Annual statistical returns and brief notes on vaccination in Bengal - 1909-1929
Year: 1909
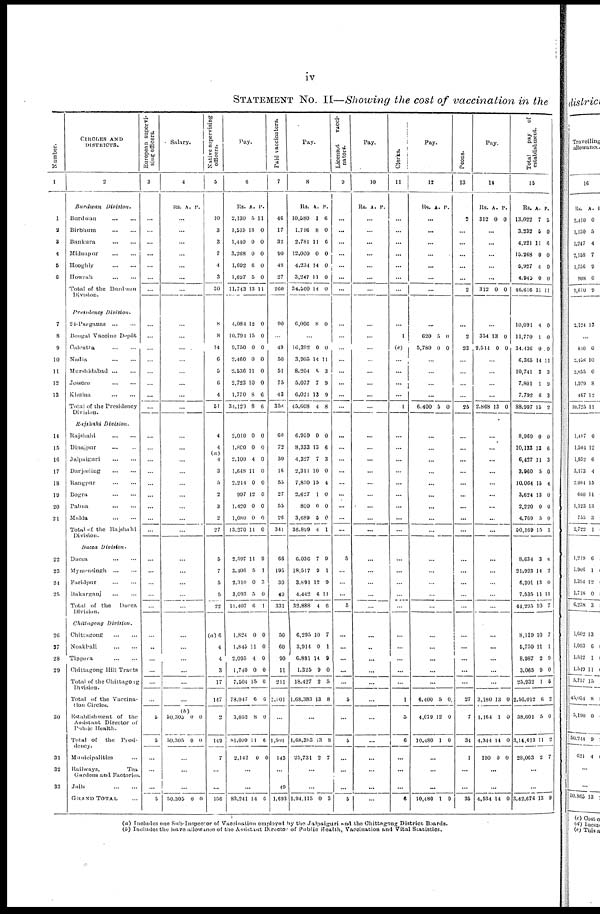
iv
STATEMENT No. II—Showing the cost of vaccination in the
Number.
1
1
2
3
4
5
6
7
8
9
10
11
12
13
14
15
16
17
18
10
20
21
22
23
24
25
20
27
28
20
30
31
32
33
CIRCLES AND
DISTRICTS.
2
Burdwan
Division.
Burdwan
...
...
Birbhum
...
...
Bankura
...
...
Midnapur
...
...
Hooghly
...
...
Howrah
...
...
Total of the Burdwan
Presidency
Division.
24-Pargnnas
...
...
Bengal Vaccine Depôt
Calcutta
...
...
Nadia
...
...
Murshidabad
...
...
Jessore
...
...
Khulna
...
...
Total of the Presidency
Division.
Rajshahi
Division.
Rajshahi
...
...
Dinajpur ... ...
Jalpaiguri
...
...
Darjeeling
...
...
Rangpur ... ...
Bogra
...
...
Pabna
...
...
Malda
...
...
Total of the Rajshahi
Division.
Dacca Division.
Dacca
...
...
Mymensingh
...
...
Faridpur
...
...
Bakarganj
...
...
Total of the Dacca
Division
Chittagong
Division.
Chittagong
...
...
Noakhali
...
...
Tippera
...
...
Chittagong Hill Tracts
Total of the Chittagong
Division.
Total of the Vaccina-
tion Circles
Establishment of the
Assistant Director of
Public Health.
Total of the Presi-
dency.
Municipalities ...
Railways,
Tea
Gardens and Factories.
Jails
...
...
GRAND TOTAL ...
European supervi-
sing officers.
3
...
...
...
...
...
...
...
...
...
...
...
...
...
...
...
...
...
...
...
...
...
...
...
...
...
...
...
...
...
...
...
...
...
...
...
5
6
...
...
...
5
Salary.
4
Rs. A. P.
...
...
...
...
...
...
...
...
...
...
...
...
...
...
...
...
...
...
...
...
...
...
...
...
...
...
...
...
...
...
...
...
...
...
...
(b)
50,305
50,305
0
0
0
0
...
...
...
50,305 0 0
Native supervising
officers.
5
10
3
3
7
4
3
30
8
8
14
0
5
6
4
51
4
4
4
3
5
2
3
2
27
5
7
5
5
22
(a)6
4
4
3
17
147
2
149
7
...
...
156
Pay.
6
Rs.
2,130
1,515
1,440
3,268
1,692
1,697
11,743
A.
5
13
0
0
6
5
13
P.
11
0
0
0
0
0
11
4,084
10,794
9,750
2,460
2,536
2,723
1,770
34,120
12
15
0
0
11
10
8
8
0
0
0
0
0
0
6
6
2,010
1,800
2,100
1,648
2,214
997
1,420
1,080
13,270
0
0
4
11
0
12
0
0
11
0
0
0
0
0
0
0
0
0
2,597
3,406
2,310
3,093
11,407
11
5
0
5
6
9
1
3
0
1
1,824
1,845
2,095
1,740
7,504
78,047
3,052
81,009
2,142
0
11
4
0
15
6
8
11
0
0
0
0
0
0
6
0
6
0
...
...
83,241 14 6
Paid vaccinators.
7
46
17
32
90
48
27
260
90
...
49
50
51
75
43
358
60
72
30
16
55
27
55
26
341
66
195
30
40
331
50
60
90
11
211
1,501
...
1,501
143
...
49
1,693
Pay.
8
Rs.
10,580
1,716
2,781
12,000
4,234
3,247
34,560
A.
1
8
11
0
14
11
14
P.
6
0
6
0
0
0
0
6,006 8 0
...
16,392
3,905
8,204
5,077
6,021
45,608
0
14
8
7
13
4
0
11
3
9
9
8
6,959
8,333
4,327
2,311
7,850
2,627
800
3,689
36,899
0
13
7
10
15
1
0
5
4
0
6
3
0
4
0
0
0
1
6,036
18,517
3,891
4,442
32,888
7
9
12
6
4
9
1
9
11
6
6,295
3,914
6,891
1,325
18,427
1,68,383
10
0
14
9
2
13
7
1
9
0
5
8
...
1,68,383
25,731
13
2
8
7
...
...
1,94,115 0 3
Licensed
vacci-
nators.
9
...
...
...
...
...
...
...
...
...
...
...
...
...
...
...
...
...
...
...
...
...
...
...
5
...
...
...
5
...
...
...
...
...
5
...
5
...
...
...
5
Pay.
10
Rs. A. P.
...
...
...
...
...
...
...
...
...
...
...
...
...
...
...
...
...
...
...
...
...
...
...
...
...
...
...
...
...
...
...
...
...
...
...
...
...
...
...
...
...
Clerks.
11
...
...
...
...
...
...
...
...
1
(c)
...
...
...
...
1
...
...
...
...
...
...
...
...
...
...
...
...
...
...
...
...
...
...
...
1
5
6
...
...
...
6
Pay.
12
Rs. A. P.
...
...
...
...
...
...
...
...
620
5,780
5
0
0
0
...
...
...
...
6,400 5 0
...
...
...
...
...
...
...
...
...
...
...
...
...
...
...
...
...
...
...
6,400
4,079
10,480
5
12
1
0
0
0
...
...
...
10,480 1 0
Peons.
13
2
...
...
...
...
...
2
...
2
23
...
...
...
...
25
...
...
...
...
...
...
...
...
...
...
...
...
...
...
...
...
...
...
...
27
7
34
1
...
...
35
Pay.
14
Rs.
312
A.
0
P.
0
...
...
...
...
...
312 0 0
...
354
2,514
13
0
0
0
...
...
...
...
2,868 13 0
...
...
...
...
...
...
...
...
...
...
...
...
...
...
...
...
...
...
...
3,180
1,164
4,344
100
13
1
14
0
0
0
0
0
...
...
4,534 14 0
Total
pay of
establishment.
15
Rs.
13,022
3,232
4,221
15,268
5,927
4,945
46,616
A.
7
5
11
0
4
0
11
P.
5
0
6
0
0
0
11
10,091
11,770
34,436
6,365
10,741
7,801
7,792
88,997
4
1
0
14
3
1
6
15
0
0
0
11
3
9
3
2
8,969
10,133
6,427
3,960
10,064
3,624
2,220
4,769
50,169
0
13
11
5
15
13
0
5
15
0
6
3
0
4
0
0
0
1
8,634
21,923
6,201
7,535
44,295
3
14
13
11
10
6
2
0
11
7
8,119
5,759
8,987
3,065
25,932
2,56,012
58,601
3,14,613
28,063
10
11
2
9
1
6
5
11
2
7
1
9
0
5
2
0
2
7
...
...
3,42,676 13 9
(a) Includes one Sub-Inspector of Vaccination employed by the Jalpaiguri and the Chittagong District Boards.
(b) Includes the leave allowance of the Assistant Director of Public Health, Vaccination and Vital Statistics.